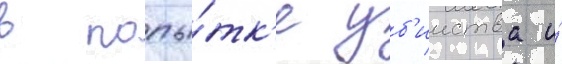
в попы́тк'е уб'ииства и́